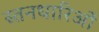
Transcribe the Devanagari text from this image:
स्तनधारिओं